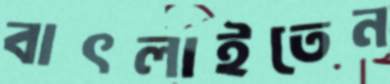
বাৎলাইতেন